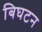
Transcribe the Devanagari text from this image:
बिघटन